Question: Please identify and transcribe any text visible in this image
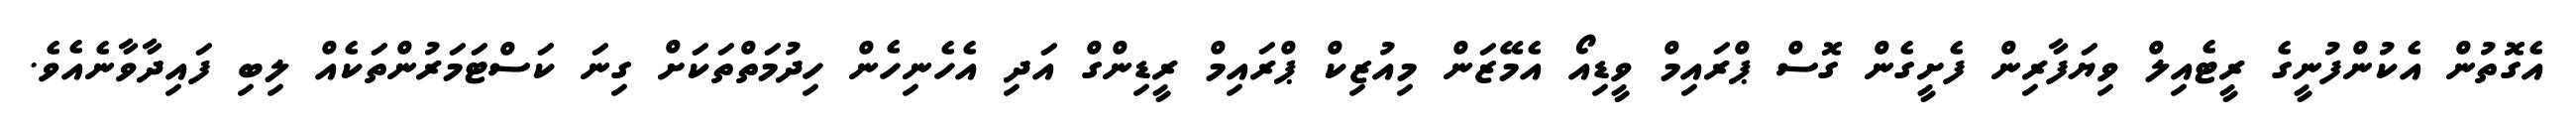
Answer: އެގޮތުން އެކުންފުނީގެ ރީޓެއިލް ވިޔަފާރިން ފެށީގެން ގޮސް ޕްރައިމް ވީޑިއޯ އެމޭޒަން މިއުޒިކް ޕްރައިމް ރީޑިންގް އަދި އެހެނިހެން ހިދުމަތްތަކަށް ގިނަ ކަސްޓަމަރުންތަކެއް ލިބި ފައިދާވާނެއެވެ.